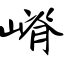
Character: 嵴